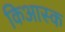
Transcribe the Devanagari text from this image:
किआस्क